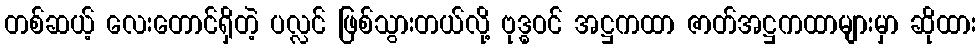
တစ်ဆယ့် လေးတောင်ရှိတဲ့ ပလ္လင် ဖြစ်သွားတယ်လို့ ဗုဒ္ဓဝင် အဋ္ဌကထာ ဇာတ်အဋ္ဌကထာများမှာ ဆိုထား